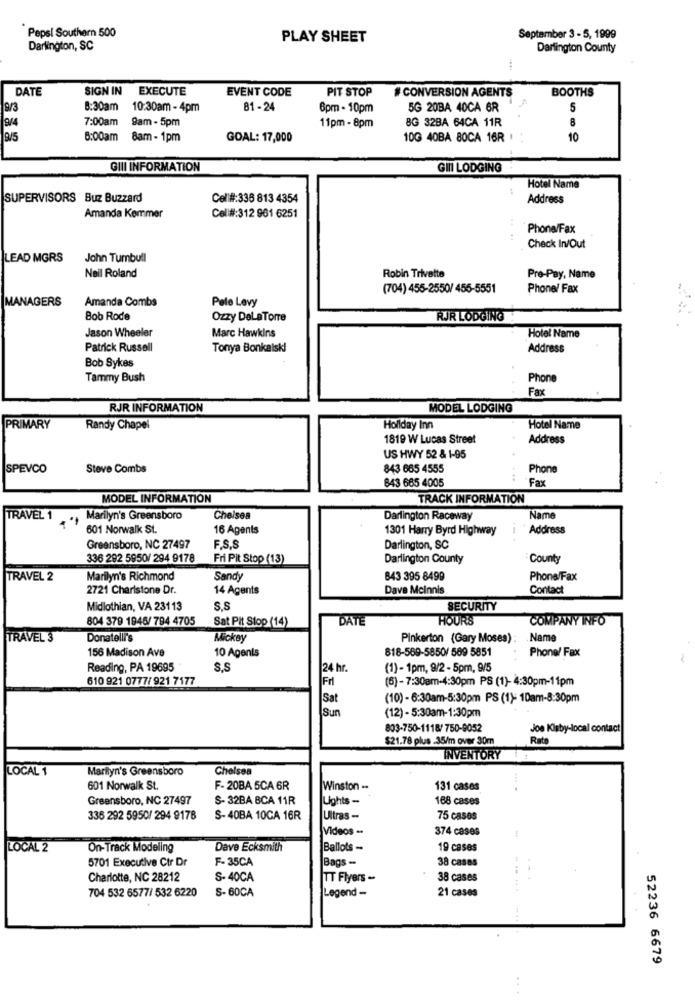
Pepsi Southern 500
PLAY SHEET
September 3 - 5, 1999
Darlington, SC
Darlington County
DATE
SIGN IN
EXECUTE
EVENT CODE
PIT STOP
#CONVERSION AGENTS
BOOTHS
913
8:30am
10:30am - 4pm
81 - 24
6pm - 10pm
5G 20BA 40CA 6R
5
9/4
7:00am
9am - 5pm
BG 32BA 64CA 11R
8
11pm - 8pm
19/5
6:00am
8am - 1pm
GOAL: 17,000
10G 40BA 80CA 16R
10
GIII INFORMATION
GINI LODGING
Hotel Name
SUPERVISORS Buz Buzzard
Cell#:336 813 4354
Address
Amanda Kommer
Cell#:312 961 6251
Phone/Fax
Check In/Out
LEAD MGRS
John Tumbull
Neil Roland
Robin Trivette
Pre-Pay, Name
(704) 455-2550/ 455-5551
Phone/ Fax
MANAGERS
Amanda Combs
Pele Levy
Bob Rode
Ozzy DeLaTorre
RUR LODGING
Jason Wheeler
Marc Hawkins
Hotel Name
Patrick Russell
Tonya Bonkalsk!
Address
Bob Sykes
Tammy Bush
Phone
Fax
RJR INFORMATION
MODEL LODGING
PRIMARY
Randy Chapel
Holiday Inn
Hotel Name
1819 W Lucas Street
Address
US HWY 52 & 1-95
SPEVCO
Steve Combs
843 665 4555
Phone
843 665 4005
Fax
MODEL INFORMATION
TRACK INFORMATION
TRAVEL 1
Marilyn's Greensboro
Chelsea
Darlington Raceway
Name
601 Norwalk St.
16 Agents
1301 Harry Byrd Highway
Address
F.S.S.
Greensboro, NC 27497
Darlington, SC
336 292 5950/ 294 9178
Fri Pit Stop (13)
Darlington County
County
TRAVEL 2
Marilyn's Richmond
Sandy
843 395 8499
Phone/Fax
2721 Charlstone Dr.
14 Agents
Dave Mcinnis
Contact
Midlothian, VA 23113
S.S
SECURITY
804 379 1946/ 794 4705
DATE
HOUR'S
COMPANY INFO
Sat Pit Stop (14)
TRAVEL 3
Donatelir's
Mickey
Pinkerton (Gary Moses):
Name
156 Madison Ave
818-569-5850/ 589 5851
Phone/ Fax
10 Agents
Reading, PA 19695
S.S
24 hr.
(1) - 1pm, 9/2 - 5pm, 9/5
610 921 0777/ 921 7177
Fr
(6)-7:30am-4:30pm PS (1)- 4:30pm-11pm
Sat
(10) - 6:30am-5:30pm PS (1): 10am-8:30pm
Sun
(12) - 5:30am-1:30pm
803-750-1118/750-9052
Joe Kisby-local contact
$21.78 plus .35/m over 30m
Rat
INVENTORY
LOCAL 1
Marilyn's Greensboro
Chelsea
601 Norwalk St.
F- 20BA 5CA 6R
Winston ..
131 cases
Greensboro, NC 27497
S- 32BA BCA 11R
Lights -
168 cases
336 292 5950/ 294 9178
S-40BA 10CA 16R
Ultras -
75 cases
Videos -
374 cases
LOCAL 2
On-Track Modeling
Dave Ecksmith
Ballots -
19 cases
5701 Executive Ctr Dr
F-35CA
Bags -
38 cases
Charlotte, NC 28212
S- 40CA
UT Flyers -
38 cases
..
704 532 6577/ 532 6220
S- 60CA
Legend -
21 cases
52236 6679